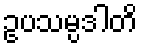
ဥပသမ္ပဒါတိ